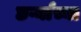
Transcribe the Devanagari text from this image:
छर्ऱ्याच्या